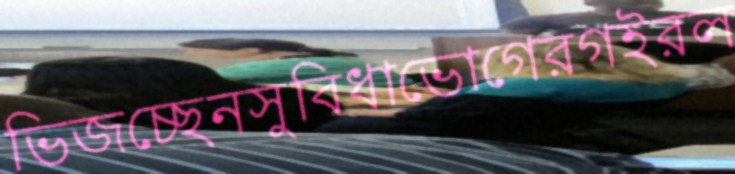
ভিজচ্ছেনসুবিধাভোগেরগইরল